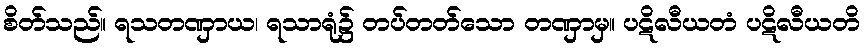
စိတ်သည်။ ရသတဏှာယ၊ ရသာရုံ၌ တပ်တတ်သော တဏှာမှ။ ပဋိလီယတံ ပဋိလီယတိ